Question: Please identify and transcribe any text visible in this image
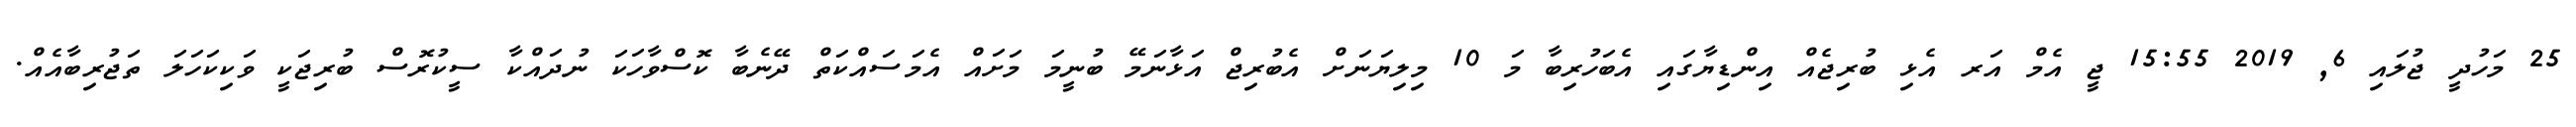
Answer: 25 މަހުދީ ޖުލައި 6, 2019 15:55 ޖީ އެމް އަރ އެޅި ބުރިޖެއް އިންޑިޔާގައި އެބަހުރިބާ މަ 10 މިލިޔަނަށް އެބުރިޖް އަޅާނަމޭ ބުނީމަ މަށައް އެމަސައްކަތް ދޭނެބާ ކޮސްވާހަކަ ނުދައްކާ ސީކުރޮސް ބުރިޖަކީ ވަކިކަހަލަ ތަޖުރިބާއެއް.